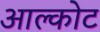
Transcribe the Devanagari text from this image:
आल्कोट